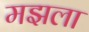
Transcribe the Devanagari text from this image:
मझला